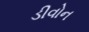
ડીવોન